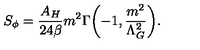
S _ { \phi } = \frac { A _ { H } } { 2 4 \beta } m ^ { 2 } \Gamma \biggl ( - 1 , \frac { m ^ { 2 } } { \Lambda _ { G } ^ { 2 } } \biggr ) .